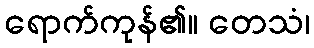
ရောက်ကုန်၏။ တေသံ၊